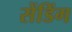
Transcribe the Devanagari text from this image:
सेंडिंग